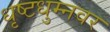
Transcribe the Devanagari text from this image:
धृष्टधुम्नवर